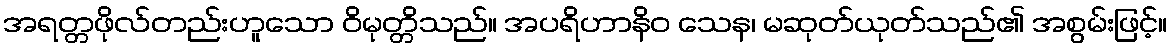
အရတ္တဖိုလ်တည်းဟူသော ဝိမုတ္တိသည်။ အပရိဟာနိဝ သေန၊ မဆုတ်ယုတ်သည်၏ အစွမ်းဖြင့်။